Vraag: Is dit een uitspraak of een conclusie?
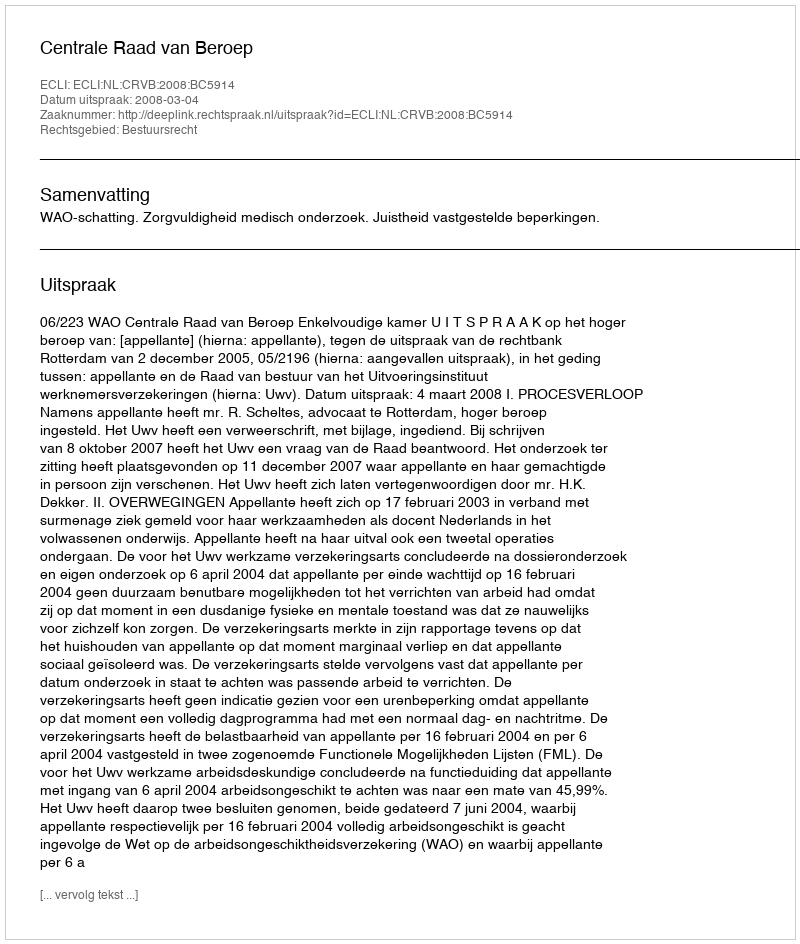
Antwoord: Uitspraak